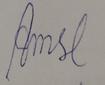
Signature authenticity: forged